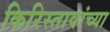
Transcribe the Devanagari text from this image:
किरिस्तावांच्या